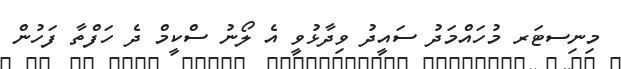
މިނިސޓަރ މުހައްމަދު ސައީދު ވިދާޅުވީ އެ ލޯނު ސްކީމް ދެ ހަފްތާ ފަހުން